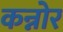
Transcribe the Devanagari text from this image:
कन्नोर